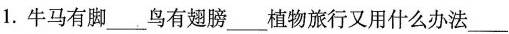
1.牛马有脚___鸟有翅膀___植物旅行又用什么办法___